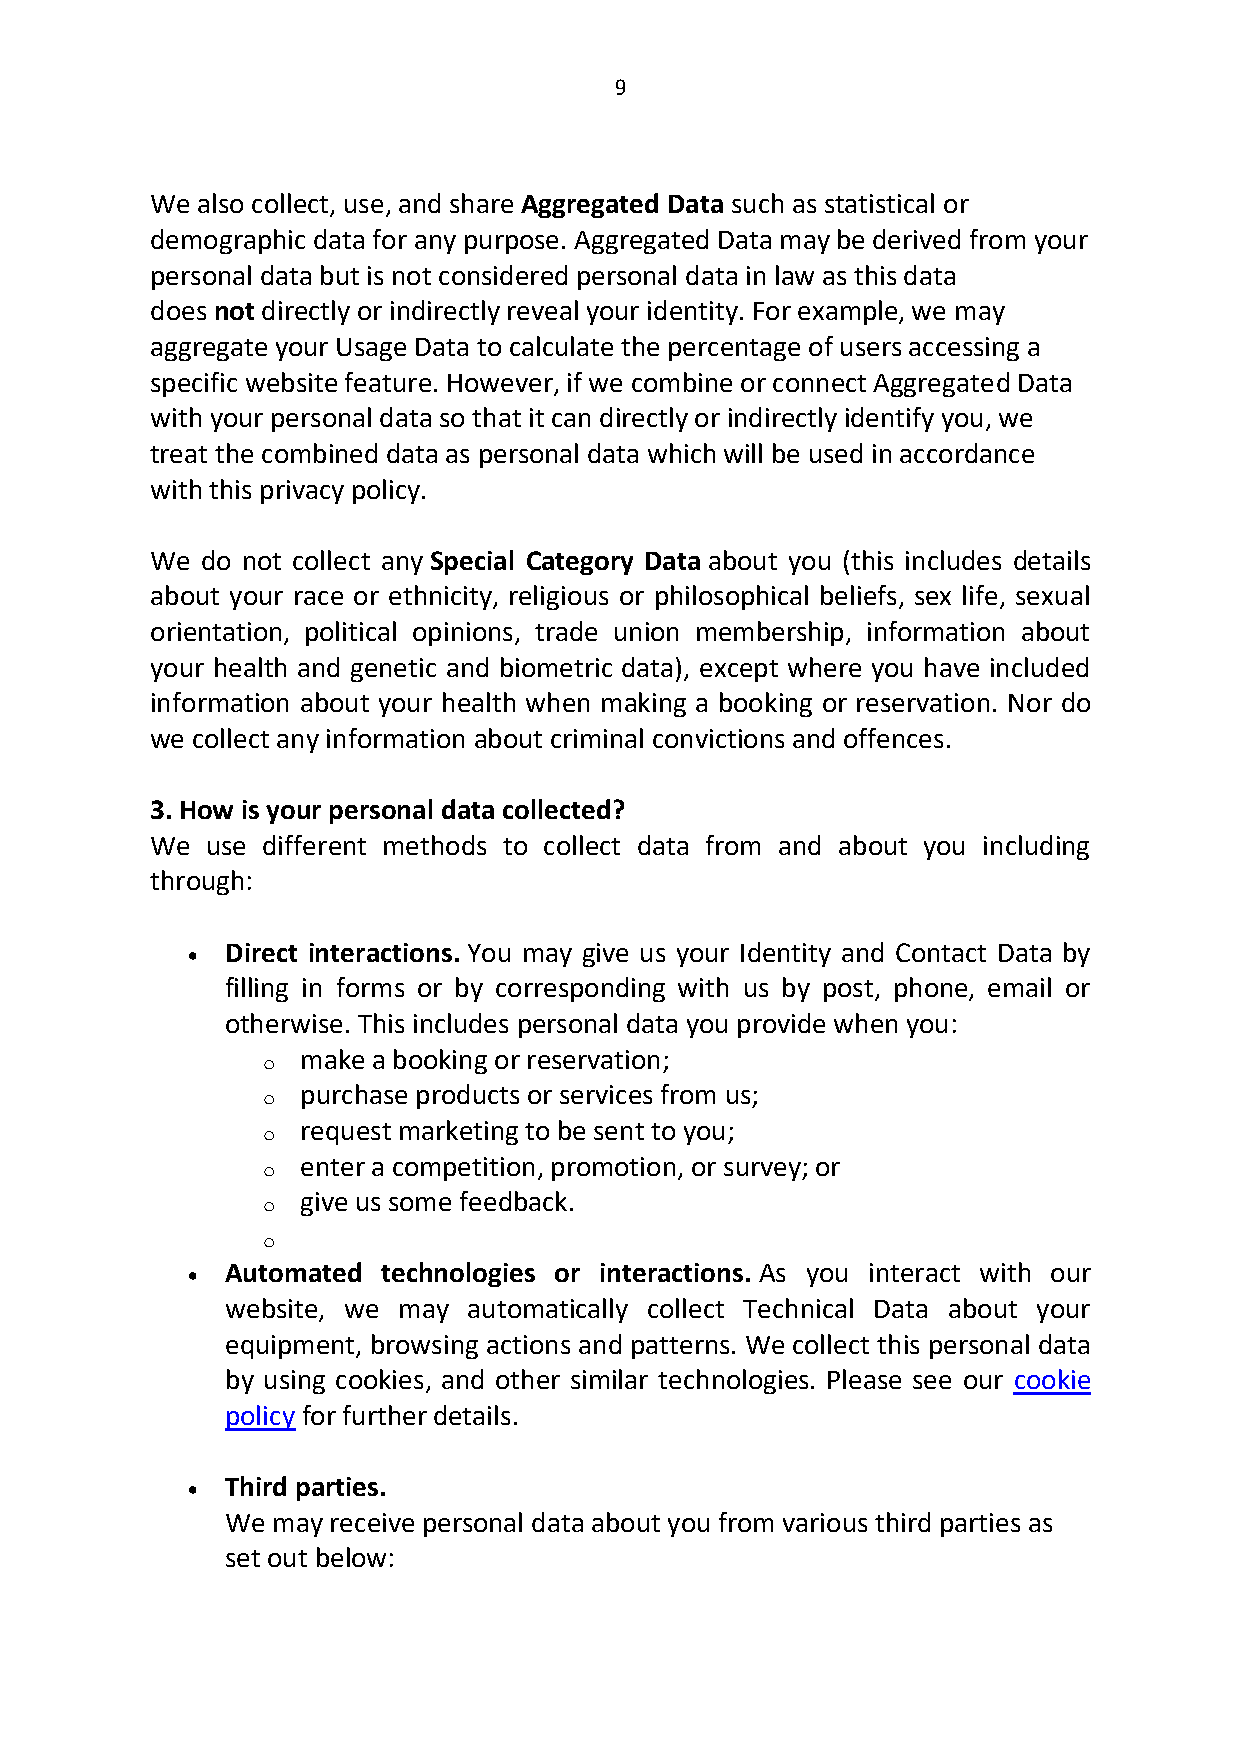
9
 We also collect, use, and share Aggregated Data such as statistical or
 demographic data for any purpose. Aggregated Data may be derived from your
 personal data but is not considered personal data in law as this data
 does not directly or indirectly reveal your identity. For example, we may
 aggregate your Usage Data to calculate the percentage of users accessing a
 specific website feature. However, if we combine or connect Aggregated Data
 with your personal data so that it can directly or indirectly identify you, we
 treat the combined data as personal data which will be used in accordance
 with this privacy policy.
 We do not collect any Special Category Data about you (this includes details
 about your race or ethnicity, religious or philosophical beliefs, sex life, sexual
 orientation, political opinions, trade union membership, information about
 your health and genetic and biometric data), except where you have included
 information about your health when making a booking or reservation. Nor do
 we collect any information about criminal convictions and offences.
 3. How is your personal data collected?
 We  use different methods to collect data from and about you including
 through:
 •  Direct interactions. You may give us your Identity and Contact Data by
 filling in forms or by corresponding with us by post, phone, email or
 otherwise. This includes personal data you provide when you:
 o  make a booking or reservation;
 o  purchase products or services from us;
 o  request marketing to be sent to you;
 o  enter a competition, promotion, or survey; or
 o  give us some feedback.
 o
 •  Automated technologies or interactions. As you interact with our
 website, we may automatically collect Technical Data about your
 equipment, browsing actions and patterns. We collect this personal data
 by using cookies, and other similar technologies. Please see our cookie
 policy for further details.
 •  Third parties.
 We may receive personal data about you from various third parties as
 set out below: